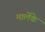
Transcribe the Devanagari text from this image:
मार्लेके